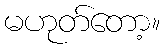
မဟုတ်တော့။